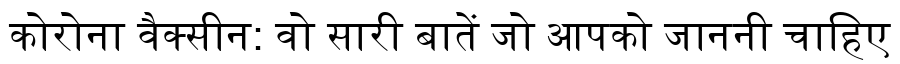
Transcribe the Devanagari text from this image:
कोरोना वैक्सीन: वो सारी बातें जो आपको जाननी चाहिए